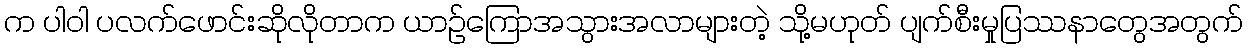
က ပါဝါ ပလက်ဖောင်းဆိုလိုတာက ယာဉ်ကြောအသွားအလာများတဲ့ သို့မဟုတ် ပျက်စီးမှုပြဿနာတွေအတွက်